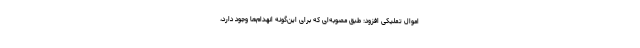
اموال تملیکی افزود: طبق مصوبه‌ای که برای این‌گونه انهدام‌ها وجود دارد،